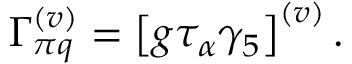
\Gamma _ { \pi q } ^ { \left( v \right) } = \left[ g \tau _ { \alpha } \gamma _ { 5 } \right] ^ { \left( v \right) } .